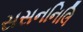
સસનનિલિ